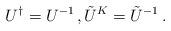
LaTeX: \begin{align*}U^\dagger = U^{-1} \, , \tilde{U}^K = \tilde{U}^{-1} \, .\end{align*}